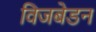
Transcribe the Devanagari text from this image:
विजबेडन